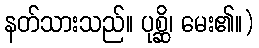
နတ်သားသည်။ ပုစ္ဆိ၊ မေး၏။)